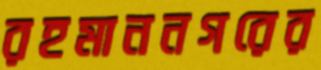
রহমাননগরের